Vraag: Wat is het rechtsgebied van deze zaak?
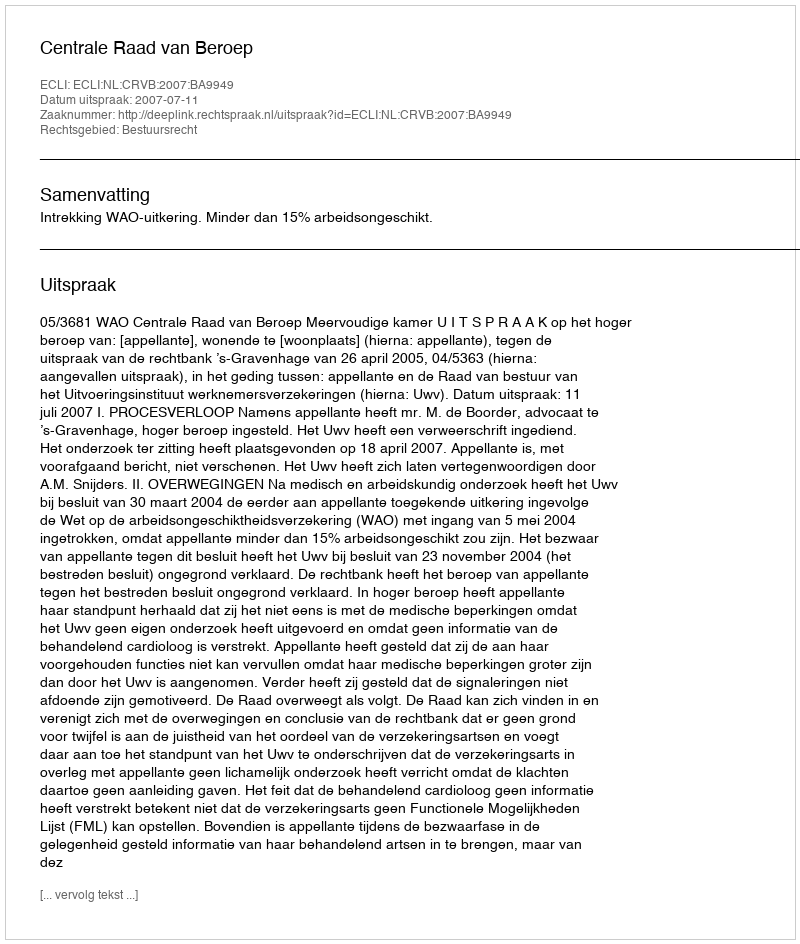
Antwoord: Bestuursrecht